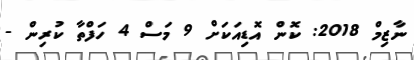
ނާޒިމް 2018: ކޮން އޮޑިއަކަށް 9 މަސް 4 ހަފްތާ ކުރިން -